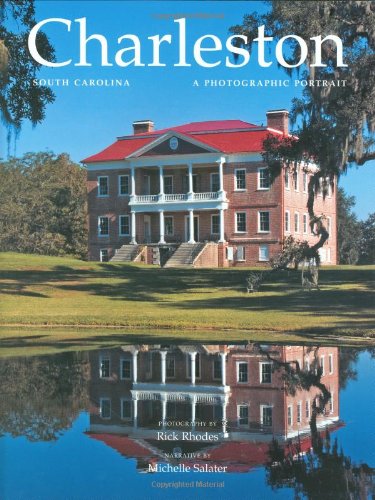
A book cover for Charleston, South Carolina: A Photographic Portrait; Rick Rhodes; Travel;